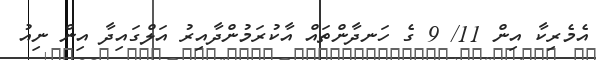
އެމެރިކާ އިން 11/ 9 ގެ ހަނދާންތައް އާކުރަމުންދާއިރު އަލްގައިދާ އިން ނިއު